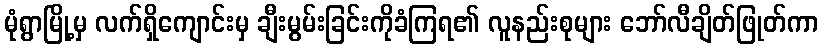
မုံရွာမြို့မှ လက်ရှိကျောင်းမှ ချီးမွမ်းခြင်းကိုခံကြရ၏ လူနည်းစုများ ဘော်လီချိတ်ဖြုတ်ကာ